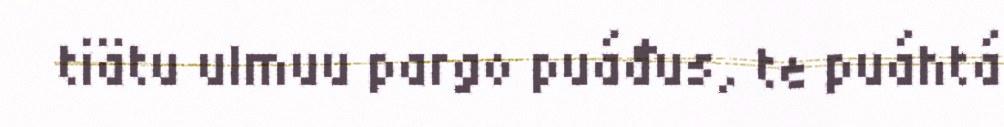
tiätu ulmuu pargo puáđus, te puáhtá